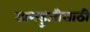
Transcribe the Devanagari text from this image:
डागडुजीसाठी